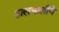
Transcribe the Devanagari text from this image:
हालचालीचे